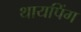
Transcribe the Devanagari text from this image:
थायपिंग